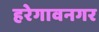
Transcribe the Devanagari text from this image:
हरेगावनगर